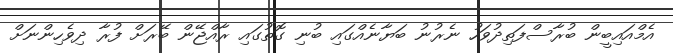
އެމްއައިބީން ބުރާސްފަތިދުވަހު ނެރުނު ބަޔާނެއްގައި ބުނި ގޮތުގައި ރާއްޖޭން ބޭރަށް ފުރާ ދިވެހިންނަށް